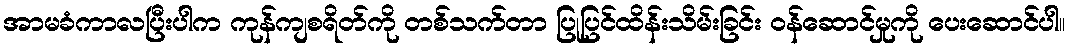
အာမခံကာလပြီးပါက ကုန်ကျစရိတ်ကို တစ်သက်တာ ပြုပြင်ထိန်းသိမ်းခြင်း ဝန်ဆောင်မှုကို ပေးဆောင်ပါ။